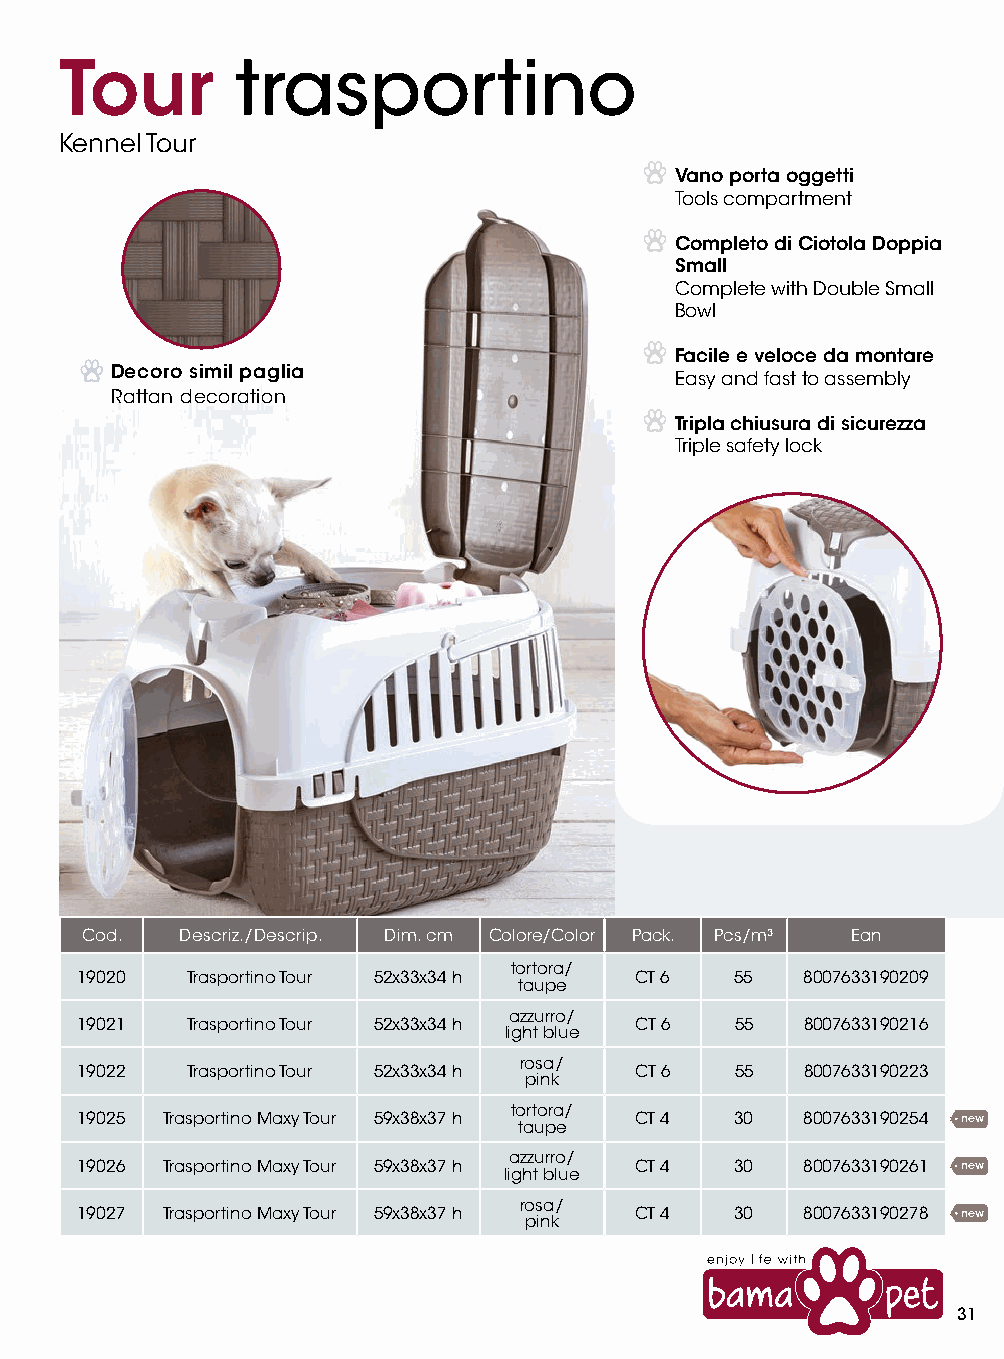
Tour        trasportino
 Kennel Tour
 Vano porta oggetti
 Tools compartment
 Completo di Ciotola Doppia
 Small
 Complete with Double Small
 Bowl
 Facile e veloce da montare
 Decoro simil paglia
 Easy and fast to assembly
 Rattan decoration
 Tripla chiusura di sicurezza
 Triple safety lock
 Cod.   Descriz./Descrip. Dim. cm Colore/Color Pack. Pcs/m³ Ean
 tortora/
 19020  Trasportino Tour 52x33x34 h   CT 6   55  8007633190209
 taupe
 azzurro/
 19021  Trasportino Tour 52x33x34 h   CT 6   55  8007633190216
 light blue
 rosa/
 19022  Trasportino Tour 52x33x34 h   CT 6   55  8007633190223
 pink
 tortora/
 19025 Trasportino Maxy Tour 59x38x37 h taupe CT 4 30 8007633190254 new
 azzurro/
 19026 Trasportino Maxy Tour 59x38x37 h light blue CT 4 30 8007633190261 new
 rosa/
 19027 Trasportino Maxy Tour 59x38x37 h pink CT 4 30 8007633190278 new
 31